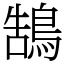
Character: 鵠